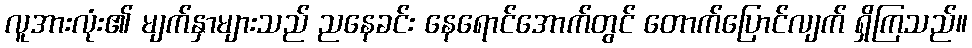
လူအားလုံး၏ မျက်နှာများသည် ညနေခင်း နေရောင်အောက်တွင် တောက်ပြောင်လျက် ရှိကြသည်။